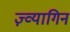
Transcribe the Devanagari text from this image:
ज़्व्यागिन